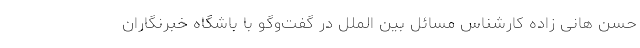
حسن هانی زاده کارشناس مسائل بین الملل در گفت‌وگو با باشگاه خبرنگاران